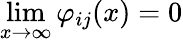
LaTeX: \operatorname*{lim}_{x\to\infty}\varphi_{ij}(x)=0